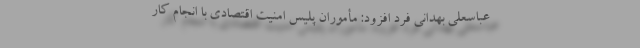
عباسعلی بهدانی فرد افزود: مأموران پلیس امنیت اقتصادی با انجام کار